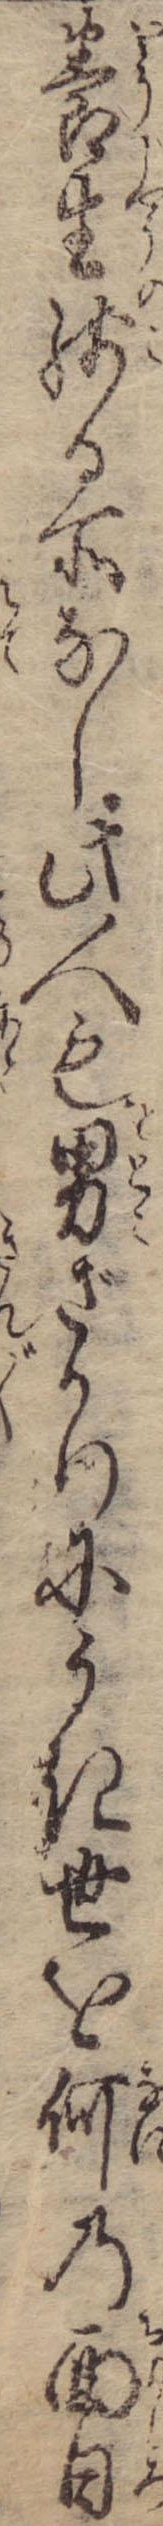
養生残る所なし此人も男ざかりにうき世を何の面白